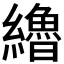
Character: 𰫷